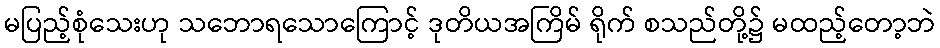
မပြည့်စုံသေးဟု သဘောရသောကြောင့် ဒုတိယအကြိမ် ရိုက် စသည်တို့၌ မထည့်တော့ဘဲ